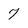
Character: 7